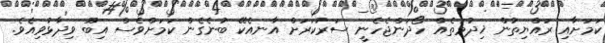
ކަމަށާއި ރައްޔިތުން ޚިދުމަތެއް ހޯދަންޖެހެނީ ސަރުކަރަށް އާނއެކޭ ބުނެގެން ކަމަށްވެސް އިބޫ ވިދާޅުވިއެވެ.